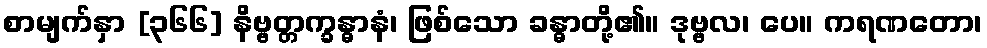
စာမျက်နှာ [၃၆၆] နိဗ္ဗတ္တက္ခန္ဓာနံ၊ ဖြစ်သော ခန္ဓာတို့၏။ ဒုဗ္ဗလ၊ ပေ။ ကရဏတော၊